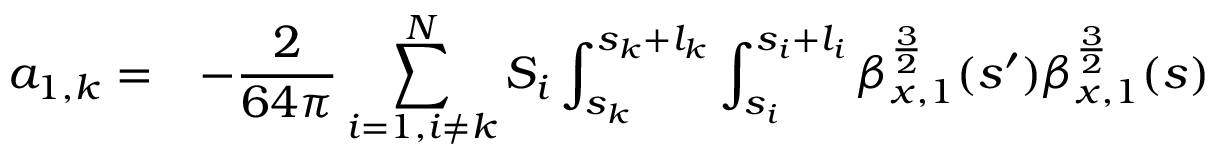
\begin{array} { c l } { \displaystyle a _ { 1 , k } = } & { \displaystyle - \frac { 2 } { 6 4 \pi } \sum _ { i = 1 , i \neq k } ^ { N } { S _ { i } \int _ { s _ { k } } ^ { s _ { k } + l _ { k } } { \int _ { s _ { i } } ^ { s _ { i } + l _ { i } } { \beta _ { x , 1 } ^ { \frac { 3 } { 2 } } ( s ^ { \prime } ) \beta _ { x , 1 } ^ { \frac { 3 } { 2 } } ( s ) } } } } \end{array}